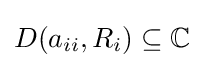
D(a_{ii},R_{i})\subseteq \mathbb {C}